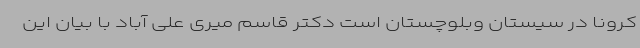
کرونا در سیستان وبلوچستان است دکتر قاسم میری علی آباد با بیان این